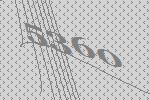
5360